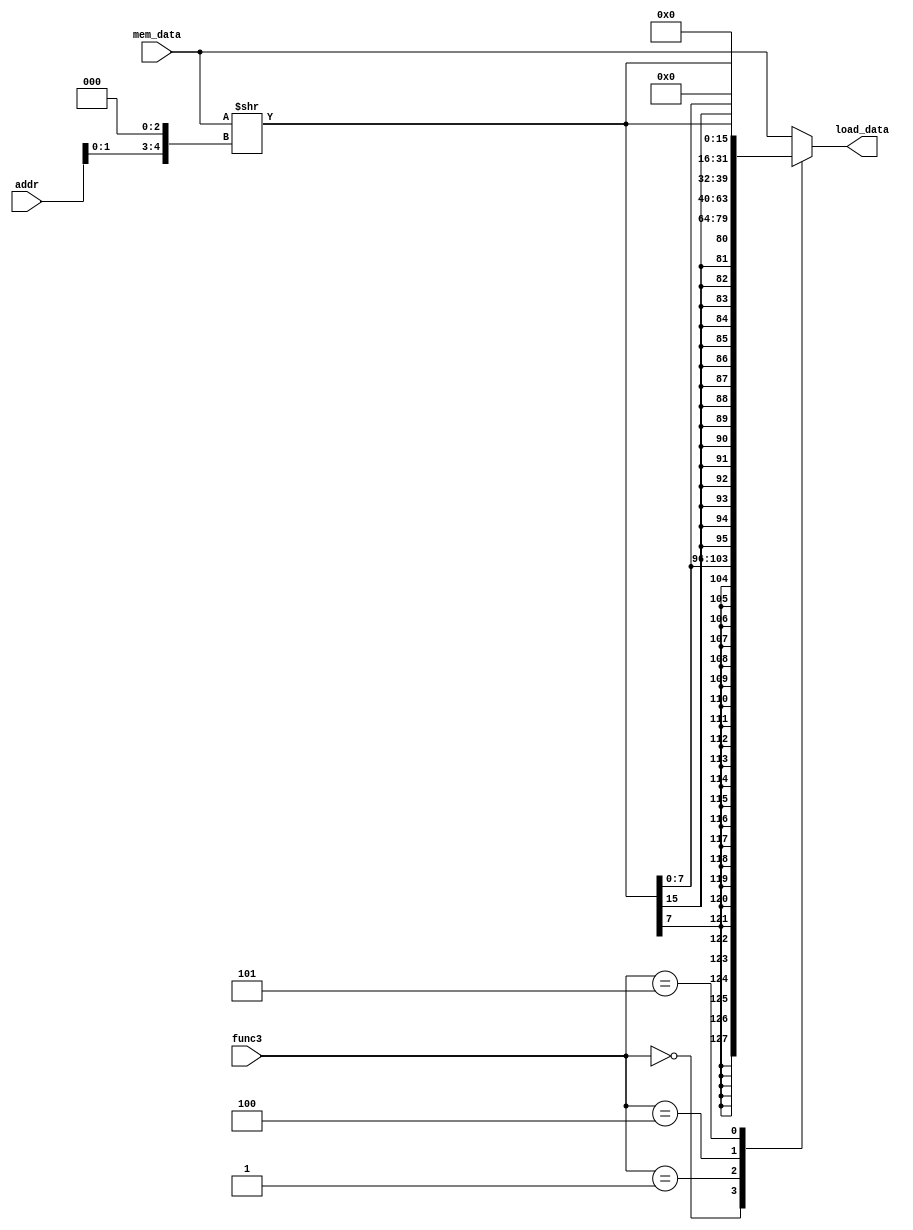
module load #(
    parameter W_SIZE = 32
) (
    input [W_SIZE-1:0] mem_data,
    input [15:0] addr,
    input [2:0] func3,
    output [W_SIZE-1:0] load_data
);
    localparam 
    LB_FUNC3     = 3'b000,
    LH_FUNC3     = 3'b001,
    LW_FUNC3     = 3'b010,
    LBU_FUNC3    = 3'b100,
    LHU_FUNC3    = 3'b101;  

    reg [W_SIZE-1:0] out;
    wire [W_SIZE-1:0] shifted_data;
    wire [4:0] bytes_to_shift;

    assign load_data = out; 
    assign bytes_to_shift = {addr[1:0], 3'd0};
    assign shifted_data = mem_data >> bytes_to_shift;
 

    always @(*) begin
      case(func3)
        LB_FUNC3:  out = { {24{shifted_data[7]}}, shifted_data[7:0] };
        LH_FUNC3:  out = { {16{shifted_data[15]}}, shifted_data[15:0]};
        LW_FUNC3:  out = mem_data;
        LBU_FUNC3: out = {24'b0, shifted_data[7:0]};
        LHU_FUNC3: out = {16'b0, shifted_data[15:0]};
        default:   out = mem_data;
      endcase
    end


endmodule